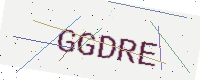
Text: GGDRE